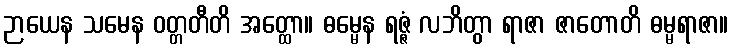
ဉာယေန သမေန ဝတ္တတီတိ အတ္ထော။ ဓမ္မေန ရဇ္ဇံ လဘိတွာ ရာဇာ ဇာတောတိ ဓမ္မရာဇာ။